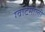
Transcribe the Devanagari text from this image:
ग्वाटेमाली